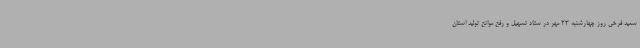
سعید فرخی روز چهارشنبه 23 مهر در ستاد تسهیل و رفع موانع تولید استان